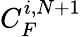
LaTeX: C_{F}^{i,N+1}